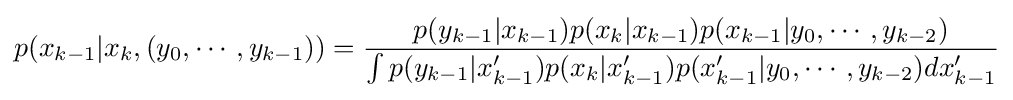
p(x_{k-1}|x_{k},(y_{0},\cdots ,y_{k-1}))={\frac {p(y_{k-1}|x_{k-1})p(x_{k}|x_{k-1})p(x_{k-1}|y_{0},\cdots ,y_{k-2})}{\int p(y_{k-1}|x'_{k-1})p(x_{k}|x'_{k-1})p(x'_{k-1}|y_{0},\cdots ,y_{k-2})dx'_{k-1}}}